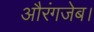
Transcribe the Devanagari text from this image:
औरंगजेब।